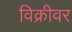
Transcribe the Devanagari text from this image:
विक्रीवर